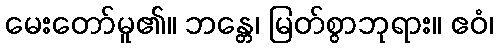
မေးတော်မူ၏။ ဘန္တေ၊ မြတ်စွာဘုရား။ ဧဝံ၊